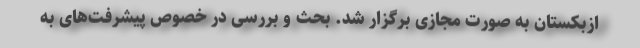
ازبکستان به صورت مجازی برگزار شد. بحث و بررسی در خصوص پیشرفت‌های به